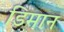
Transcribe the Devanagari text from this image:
डिमान